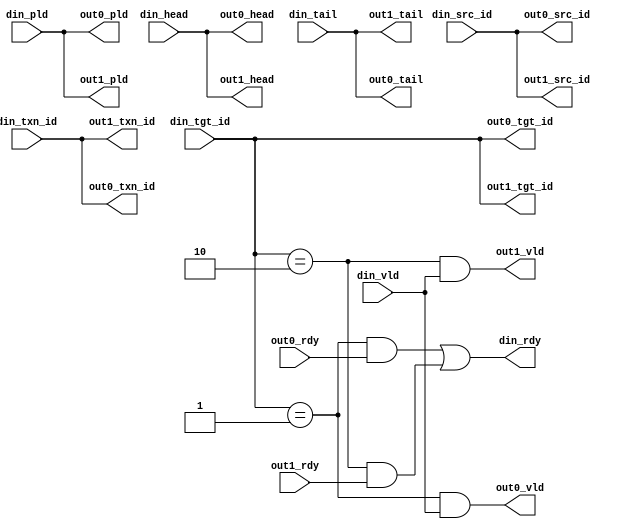
//==========================================================================================================================
//Key is used to ensure the consistency of file version and content, and cannot be modified.
//Version Control is the version number written when the file is generated and cannot be modified.
//ToolMessage is used to record related information of any tool that has processed the file and cannot be manually modified.
//UserMessage is used by the user to write any information, which can be modified in any way.
//Content is the actual payload of the file.
//Parameter is the additional parameter information carried by the file and cannot be modified in any way.

//Key is generated by the hash of Version Control, Content and Parameter to ensure the consistency of the file.
//These three parts do not allow any individual modification
//==========================================================================================================================


//[UHDL]Key Start [md5:da13ec8bca307dd144d49e0fc72cb0e0]
//Version Control Hash: 3accddf64b1dd03abeb9b0b3e5a7ba44
//Content Hash: 4eed50fa78db1cdc84556ed417fc417a
//Parameter Hash: d41d8cd98f00b204e9800998ecf8427e
//[UHDL]Key End [md5:da13ec8bca307dd144d49e0fc72cb0e0]

//[UHDL]Version Control Start [md5:3accddf64b1dd03abeb9b0b3e5a7ba44]
//[UHDL]Version Control Version:1.0.1
//[UHDL]Version Control End [md5:3accddf64b1dd03abeb9b0b3e5a7ba44]

//[UHDL]Tool Message Start [md5:d73a53d24da237f44d6220c7f3b2dbbf]
//Written by UHDL in 2022-09-24 02:35:50
//[UHDL]Tool Message End [md5:d73a53d24da237f44d6220c7f3b2dbbf]

//[UHDL]User Message Start [md5:d41d8cd98f00b204e9800998ecf8427e]

//[UHDL]User Message End [md5:d41d8cd98f00b204e9800998ecf8427e]

//[UHDL]Content Start [md5:4eed50fa78db1cdc84556ed417fc417a]
module DDec_node_D0_pld_width_100_id_type_tgt (
	input         din_vld    ,
	output        din_rdy    ,
	input         din_head   ,
	input         din_tail   ,
	input  [99:0] din_pld    ,
	input  [3:0]  din_src_id ,
	input  [3:0]  din_tgt_id ,
	input  [7:0]  din_txn_id ,
	output        out0_vld   ,
	input         out0_rdy   ,
	output        out0_head  ,
	output        out0_tail  ,
	output [99:0] out0_pld   ,
	output [3:0]  out0_src_id,
	output [3:0]  out0_tgt_id,
	output [7:0]  out0_txn_id,
	output        out1_vld   ,
	input         out1_rdy   ,
	output        out1_head  ,
	output        out1_tail  ,
	output [99:0] out1_pld   ,
	output [3:0]  out1_src_id,
	output [3:0]  out1_tgt_id,
	output [7:0]  out1_txn_id);
	wire [0:0] id_hit_p0_id1;
	wire [0:0] sel_bit0     ;
	wire [0:0] id_hit_p1_id2;
	wire [0:0] sel_bit1     ;
	assign din_rdy = ((sel_bit0 && out0_rdy) || (sel_bit1 && out1_rdy));
	
	assign out0_vld = (sel_bit0 && din_vld);
	
	assign out0_head = din_head;
	
	assign out0_tail = din_tail;
	
	assign out0_pld = din_pld;
	
	assign out0_src_id = din_src_id;
	
	assign out0_tgt_id = din_tgt_id;
	
	assign out0_txn_id = din_txn_id;
	
	assign out1_vld = (sel_bit1 && din_vld);
	
	assign out1_head = din_head;
	
	assign out1_tail = din_tail;
	
	assign out1_pld = din_pld;
	
	assign out1_src_id = din_src_id;
	
	assign out1_tgt_id = din_tgt_id;
	
	assign out1_txn_id = din_txn_id;
	
	assign id_hit_p0_id1 = (din_tgt_id == 4'b1);
	
	assign sel_bit0 = (id_hit_p0_id1);
	
	assign id_hit_p1_id2 = (din_tgt_id == 4'b10);
	
	assign sel_bit1 = (id_hit_p1_id2);
	

endmodule
//[UHDL]Content End [md5:4eed50fa78db1cdc84556ed417fc417a]

//[UHDL]Parameter Start [md5:d41d8cd98f00b204e9800998ecf8427e]

//[UHDL]Parameter End [md5:d41d8cd98f00b204e9800998ecf8427e]